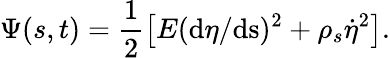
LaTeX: \Psi(s,t)=\frac{1}{2}\left[E(\mathrm{d}\eta/\mathrm{ds})^{2}+\rho_{s}\dot{\eta}^{2}\right].